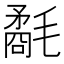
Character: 氄